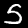
Label: 5